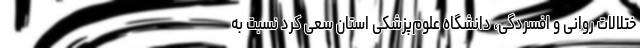
ختلالات روانی و افسردگی، دانشگاه علوم‌پزشکی استان سعی کرد نسبت به